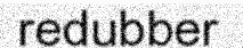
redubber